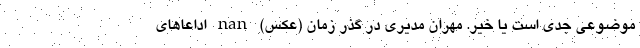
موضوعی جدی است یا خیر. مهران مدیری در گذر زمان (عکس) nan اداعاهای